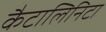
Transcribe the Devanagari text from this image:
कैटालिनिटा